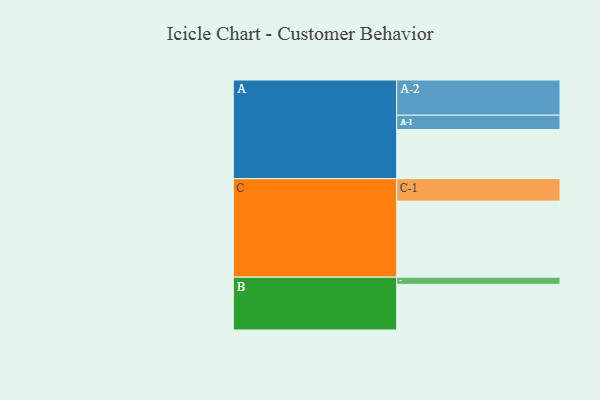
{"axis": {"x": "Segment", "y": "Value"}, "legend": ["", "A", "B", "C"], "data": [{"x": "A", "y": 359, "type": ""}, {"x": "B", "y": 334, "type": ""}, {"x": "C", "y": 556, "type": ""}, {"x": "A-1", "y": 105, "type": "A"}, {"x": "A-2", "y": 257, "type": "A"}, {"x": "B-1", "y": 52, "type": "B"}, {"x": "C-1", "y": 164, "type": "C"}]}